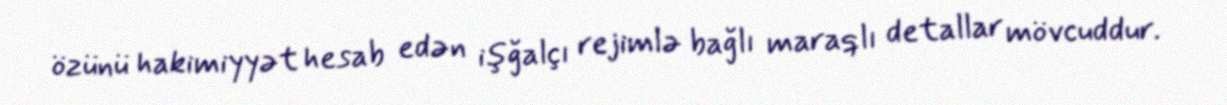
özünü hakimiyyət hesab edən işğalçı rejimlə bağlı maraqlı detallar mövcuddur.